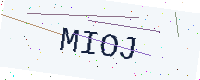
Text: MIOJ